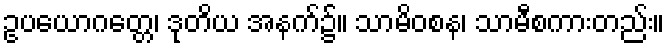
ဥပယောဂတ္တေ၊ ဒုတိယ အနက်၌။ သာမိဝစန၊ သာမီစကားတည်း။